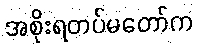
အစိုးရတပ်မတော်က